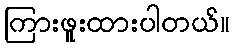
ကြားဖူးထားပါတယ်။